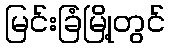
မြင်းခြံမြို့တွင်